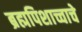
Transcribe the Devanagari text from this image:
ब्रह्मपिशाच्चाचे